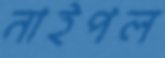
নাইপল